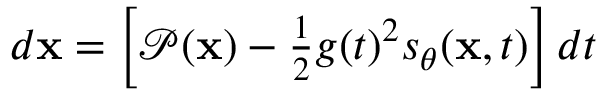
\begin{array} { r } { d \mathbf { x } = \left[ \mathcal { P } ( \mathbf { x } ) - \frac { 1 } { 2 } g ( t ) ^ { 2 } s _ { \theta } ( \mathbf { x } , t ) \right] d t } \end{array}